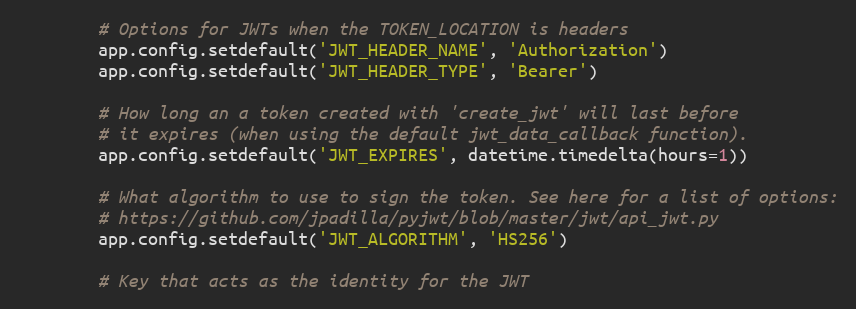
Language: Python
        # Options for JWTs when the TOKEN_LOCATION is headers
        app.config.setdefault('JWT_HEADER_NAME', 'Authorization')
        app.config.setdefault('JWT_HEADER_TYPE', 'Bearer')

        # How long an a token created with 'create_jwt' will last before
        # it expires (when using the default jwt_data_callback function).
        app.config.setdefault('JWT_EXPIRES', datetime.timedelta(hours=1))

        # What algorithm to use to sign the token. See here for a list of options:
        # https://github.com/jpadilla/pyjwt/blob/master/jwt/api_jwt.py
        app.config.setdefault('JWT_ALGORITHM', 'HS256')

        # Key that acts as the identity for the JWT